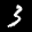
Label: 3